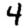
Digit: 4